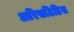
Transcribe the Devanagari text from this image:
अरिसटिडिस